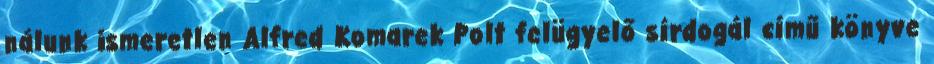
nálunk ismeretlen Alfred Komarek Polt felügyelő sírdogál című könyve